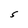
Character: S